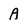
Character: A